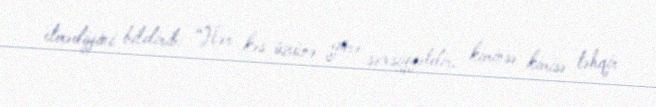
etmədiyini bildirib: “Hər kəs özünə görə şəxsiyyətdir, kiminsə kimisə təhqir